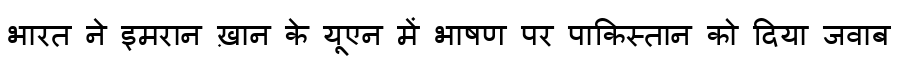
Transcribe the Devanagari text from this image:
भारत ने इमरान ख़ान के यूएन में भाषण पर पाकिस्तान को दिया जवाब